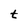
Character: t